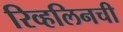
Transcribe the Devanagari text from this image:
रिव्हलिनची